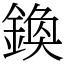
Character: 𨩉